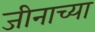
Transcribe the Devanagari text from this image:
जीनाच्या